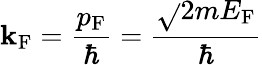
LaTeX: \mathbf{k}_{\mathrm{{{F}}}}={\frac{{p_{\mathrm{{{F}}}}}}{{\hbar}}}={\frac{{\sqrt{}{{2mE_{\mathrm{{{F}}}}}}}}{{\hbar}}}